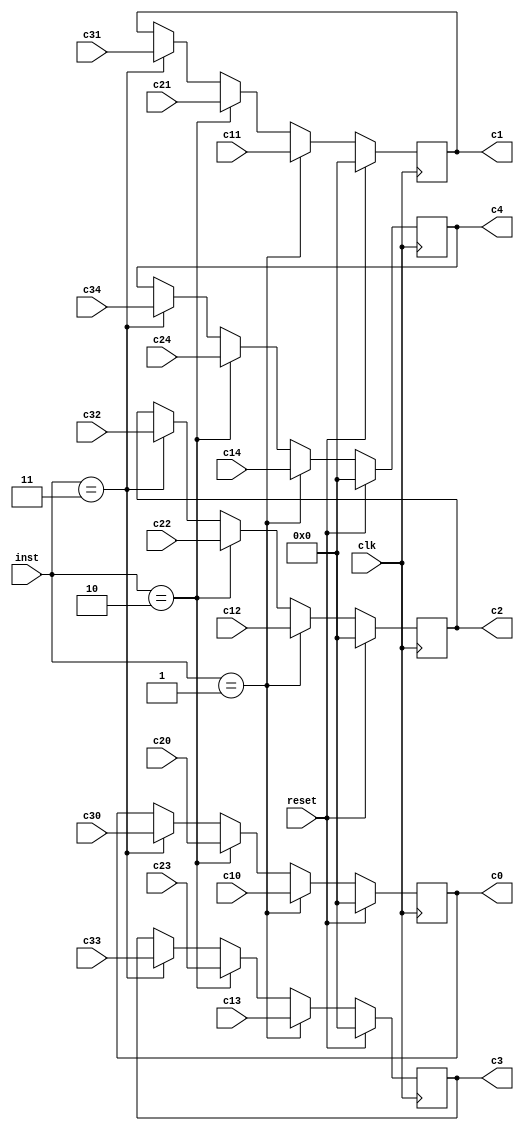
module combinational(clk,reset,inst,
	     c10,c11,c12,c13,c14,
	     c20,c21,c22,c23,c24,
             c30,c31,c32,c33,c34,
		 c0,c1,c2,c3,c4);

input clk;
input reset;

input [2:0] inst;

input [7:0] c10;
input [7:0] c11;
input [7:0] c12;
input [7:0] c13;
input [7:0] c14;

input [7:0] c20;
input [7:0] c21;
input [7:0] c22;
input [7:0] c23;
input [7:0] c24;

input [7:0] c30;
input [7:0] c31;
input [7:0] c32;
input [7:0] c33;
input [7:0] c34;

output [7:0] c0;
output [7:0] c1;
output [7:0] c2;
output [7:0] c3;
output [7:0] c4;

wire clk;
wire reset;

wire [2:0] inst;

wire [7:0] c10;
wire [7:0] c11;
wire [7:0] c12;
wire [7:0] c13;
wire [7:0] c14;

wire [7:0] c20;
wire [7:0] c21;
wire [7:0] c22;
wire [7:0] c23;
wire [7:0] c24;

wire [7:0] c30;
wire [7:0] c31;
wire [7:0] c32;
wire [7:0] c33;
wire [7:0] c34;

reg [7:0] c0;
reg [7:0] c1;
reg [7:0] c2;
reg [7:0] c3;
reg [7:0] c4;

always@(posedge clk)
	begin
	   if(reset == 1)
		begin
		     c0 <= 8'd0;
		     c1 <= 8'd0;
	             c2 <= 8'd0;
		     c3 <= 8'd0;	   
		     c4 <= 8'd0;
		end
	   else if(inst == 3'd1)
		begin
			c0 <= c10;
                        c1 <= c11;
			c2 <= c12;
			c3 <= c13;
			c4 <= c14;	
		end
         else if(inst == 3'd2)
		begin
			c0 <= c20;
                        c1 <= c21;
			c2 <= c22;
			c3 <= c23;
			c4 <= c24;	
		end	
	  else if(inst == 3'd3)
		begin
			c0 <= c30;
                        c1 <= c31;
			c2 <= c32;
			c3 <= c33;
			c4 <= c34;	
		end
	  else 
		begin
			c0 <= c0;
          	        c1 <= c1;
			c2 <= c2;
			c3 <= c3;
			c4 <= c4;	
		end
	end
endmodule